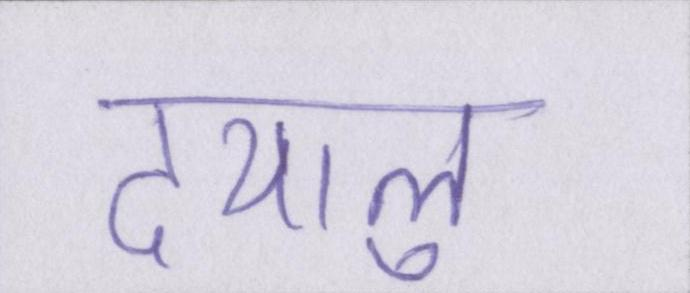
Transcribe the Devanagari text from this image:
दयालु